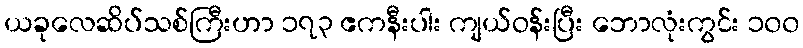
ယခုလေဆိပ်သစ်ကြီးဟာ ၁၇၃ ဧကနီးပါး ကျယ်ဝန်းပြီး ဘောလုံးကွင်း ၁၀၀